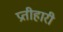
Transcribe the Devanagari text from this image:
प्रतीहारी